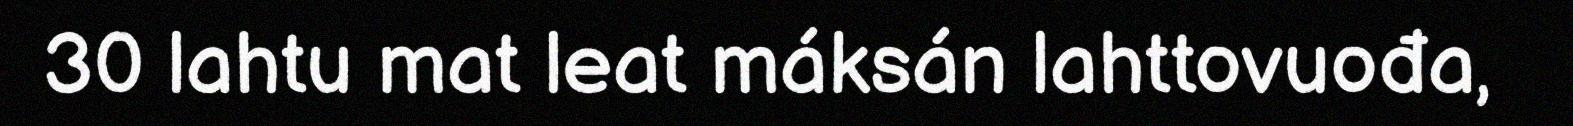
30 lahtu mat leat máksán lahttovuođa,